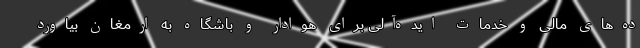
ده‌های مالی و خدمات ایده‌آلی برای هوادار و باشگاه به ارمغان بیاورد